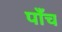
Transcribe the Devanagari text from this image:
पाँँच